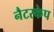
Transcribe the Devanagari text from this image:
नैटस्केप